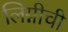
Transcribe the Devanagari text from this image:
लिग्नीची